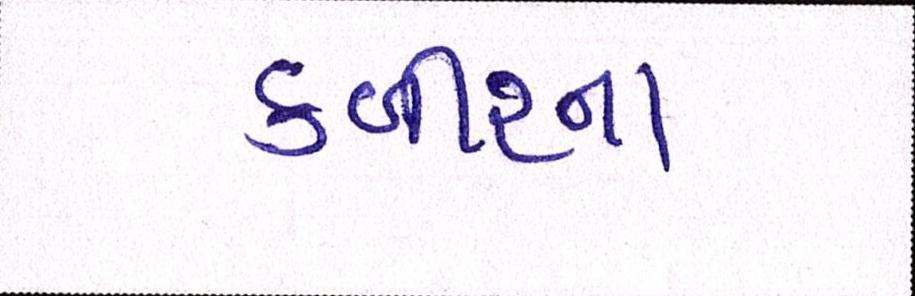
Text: કબીરના